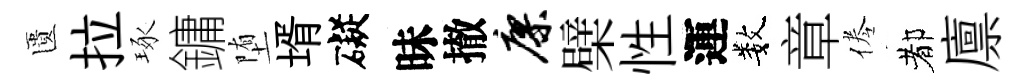
匱拉琢鏞堕壻礙昧撤廖檗性運数章倦都廪